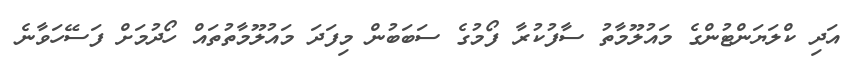
އަދި ކްލަޔަންޓުންގެ މައުލޫމާތު ސާފުކުރާ ފޯމުގެ ސަބަބުން މިފަދަ މައުލޫމާތުތައް ހޯދުމަށް ފަސޭހަވާނެ